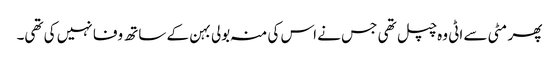
پھر مٹی سے اٹی وہ چپل تھی جس نے اس کی منہ بولی بہن کے ساتھ وفا نہیں کی تھی۔